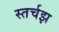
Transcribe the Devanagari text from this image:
स्तर्चझ